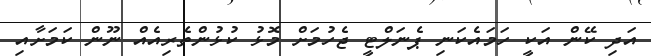
އަދި ކޭން އަކީ ހަމައެކަނި ޕެނަލްޓީ ޖެހުމަށް މޮޅު ކުޅުންތެރިއެއް ނޫން ކަމަށާއި